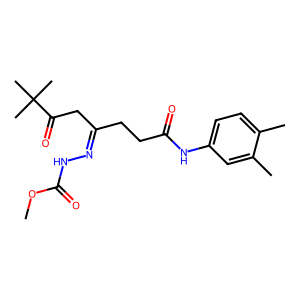
SMILES: COC(=O)NN=C(CCC(=O)Nc1ccc(C)c(C)c1)CC(=O)C(C)(C)C
Inhibits HIV replication: No